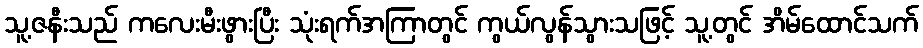
သူ့ဇနီးသည် ကလေးမီးဖွားပြီး သုံးရက်အကြာတွင် ကွယ်လွန်သွားသဖြင့် သူ့တွင် အိမ်ထောင်သက်